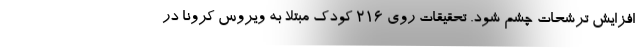
افزایش ترشحات چشم شود. تحقیقات روی ۲۱۶ کودک مبتلا به ویروس کرونا در